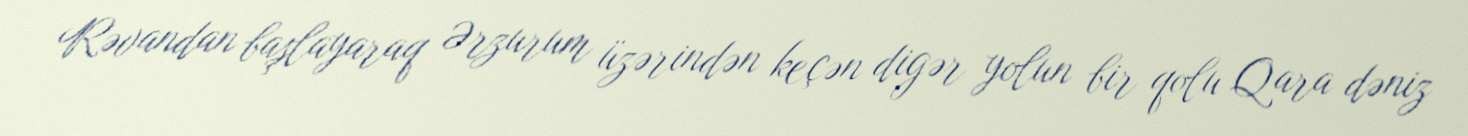
Rəvandan başlayaraq Ərzurum üzərindən keçən digər yolun bir qolu Qara dəniz